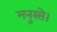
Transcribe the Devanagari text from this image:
मनुस्से।